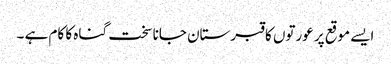
ایسے موقع پر عورتوں کا قبرستان جانا سخت گناہ کا کام ہے ۔